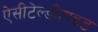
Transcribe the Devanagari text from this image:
ऐसीटेल्डीहाइड